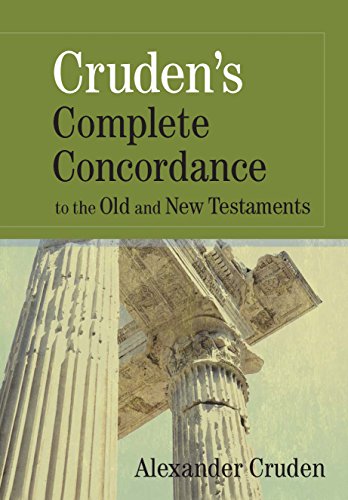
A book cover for Cruden's Complete Concordance to the Old and New Testaments; Alexander Cruden; Christian Books & Bibles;